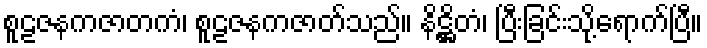
စူဠဇနကဇာတကံ၊ စူဠဇနကဇာတ်သည်။ နိဋ္ဌိတံ၊ ပြီးခြင်းသို့ရောက်ပြီ။